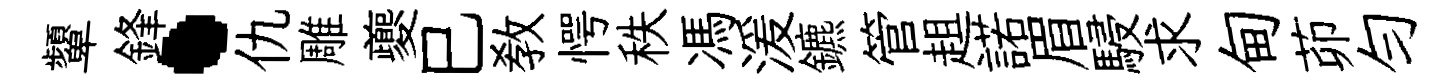
顰鋒·仇雕夔巳敎愕秩馮湲鑣管趄諾眉駸求甸茆勻